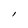
Character: I